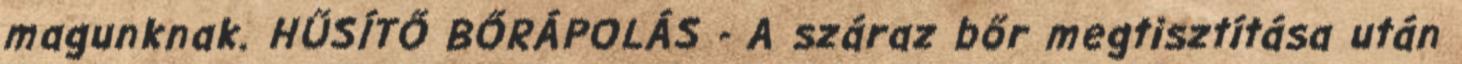
magunknak. HŰSÍTŐ BŐRÁPOLÁS - A száraz bőr megtisztítása után